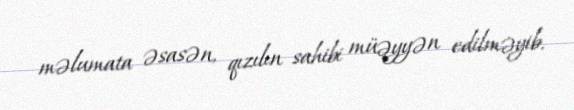
məlumata əsasən, qızılın sahibi müəyyən edilməyib.